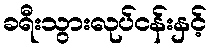
ခရီးသွားလုပ်ငန်းနှင့်